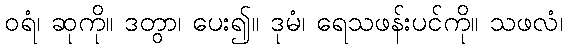
ဝရံ၊ ဆုကို။ ဒတွာ၊ ပေး၍။ ဒုမံ၊ ရေသဖန်းပင်ကို။ သဖလံ၊